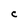
Character: C